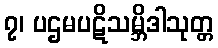
၇၊ ပဌမပဋိသမ္ဘိဒါသုတ္တ